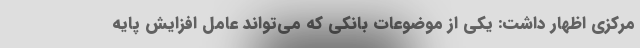
مرکزی اظهار داشت: یکی از موضوعات بانکی که می‌تواند عامل افزایش پایه